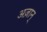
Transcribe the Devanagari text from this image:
अज़ान्